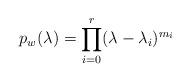
LaTeX: \begin{align*}p_w(\lambda )=\prod\limits_{i=0}^r(\lambda -\lambda _i)^{m_i}\end{align*}